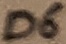
Text: D6